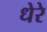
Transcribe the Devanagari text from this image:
धेरे